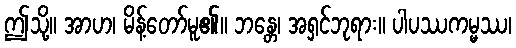
ဤသို့။ အာဟ၊ မိန့်တော်မူ၏။ ဘန္တေ၊ အရှင်ဘုရား။ ပါပဿကမ္မဿ၊